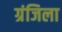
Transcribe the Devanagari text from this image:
ग्रंजिला